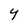
Character: Y